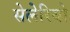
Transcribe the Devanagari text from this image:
सेलेरियो